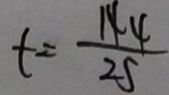
t = \frac { 1 4 4 } { 2 5 }